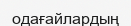
одағайлардың